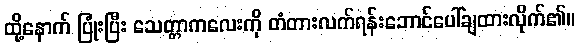
ထို့နောက် ပြုံးပြီး သေတ္တာကလေးကို တံတားလက်ရန်းဘောင်ပေါ်ချထားလိုက်၏။